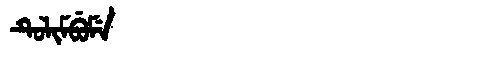
Manchu: ᡨᡠᠯᡳᠮᠪᡠᠮᡝ
Romanization: TULIMBUME